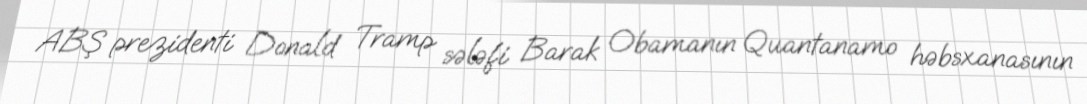
ABŞ prezidenti Donald Tramp sələfi Barak Obamanın Quantanamo həbsxanasının